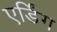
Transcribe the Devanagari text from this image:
एर्डिंग